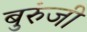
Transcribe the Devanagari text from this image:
बुरुंजी